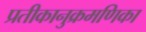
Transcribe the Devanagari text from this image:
प्रतीकानुक्रमणिका